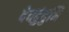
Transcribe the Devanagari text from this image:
देवदुंदुभि